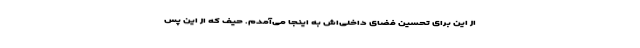
از این برای تحسین فضای داخلی‌اش به اینجا می‌آمدم. حیف که از این پس